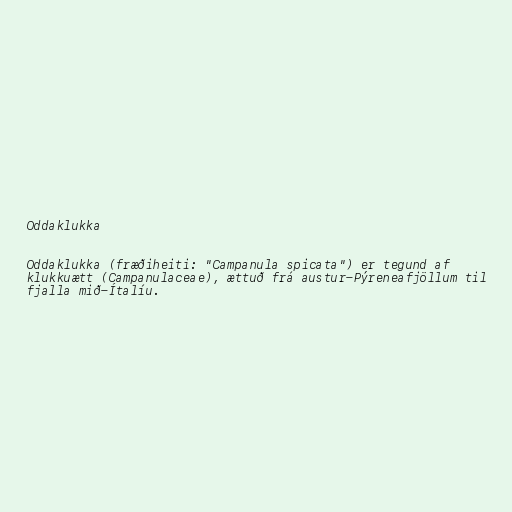
Oddaklukka

Oddaklukka (fræðiheiti: "Campanula spicata") er tegund af
klukkuætt (Campanulaceae), ættuð frá austur-Pýreneafjöllum til
fjalla mið-Ítalíu.